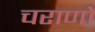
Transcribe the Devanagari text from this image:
चराणों